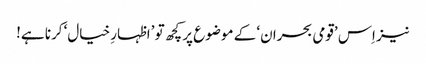
نیز اِس ’قومی بحران‘ کے موضوع پر کچھ تو ’اظہارِ خیال‘ کرنا ہے!